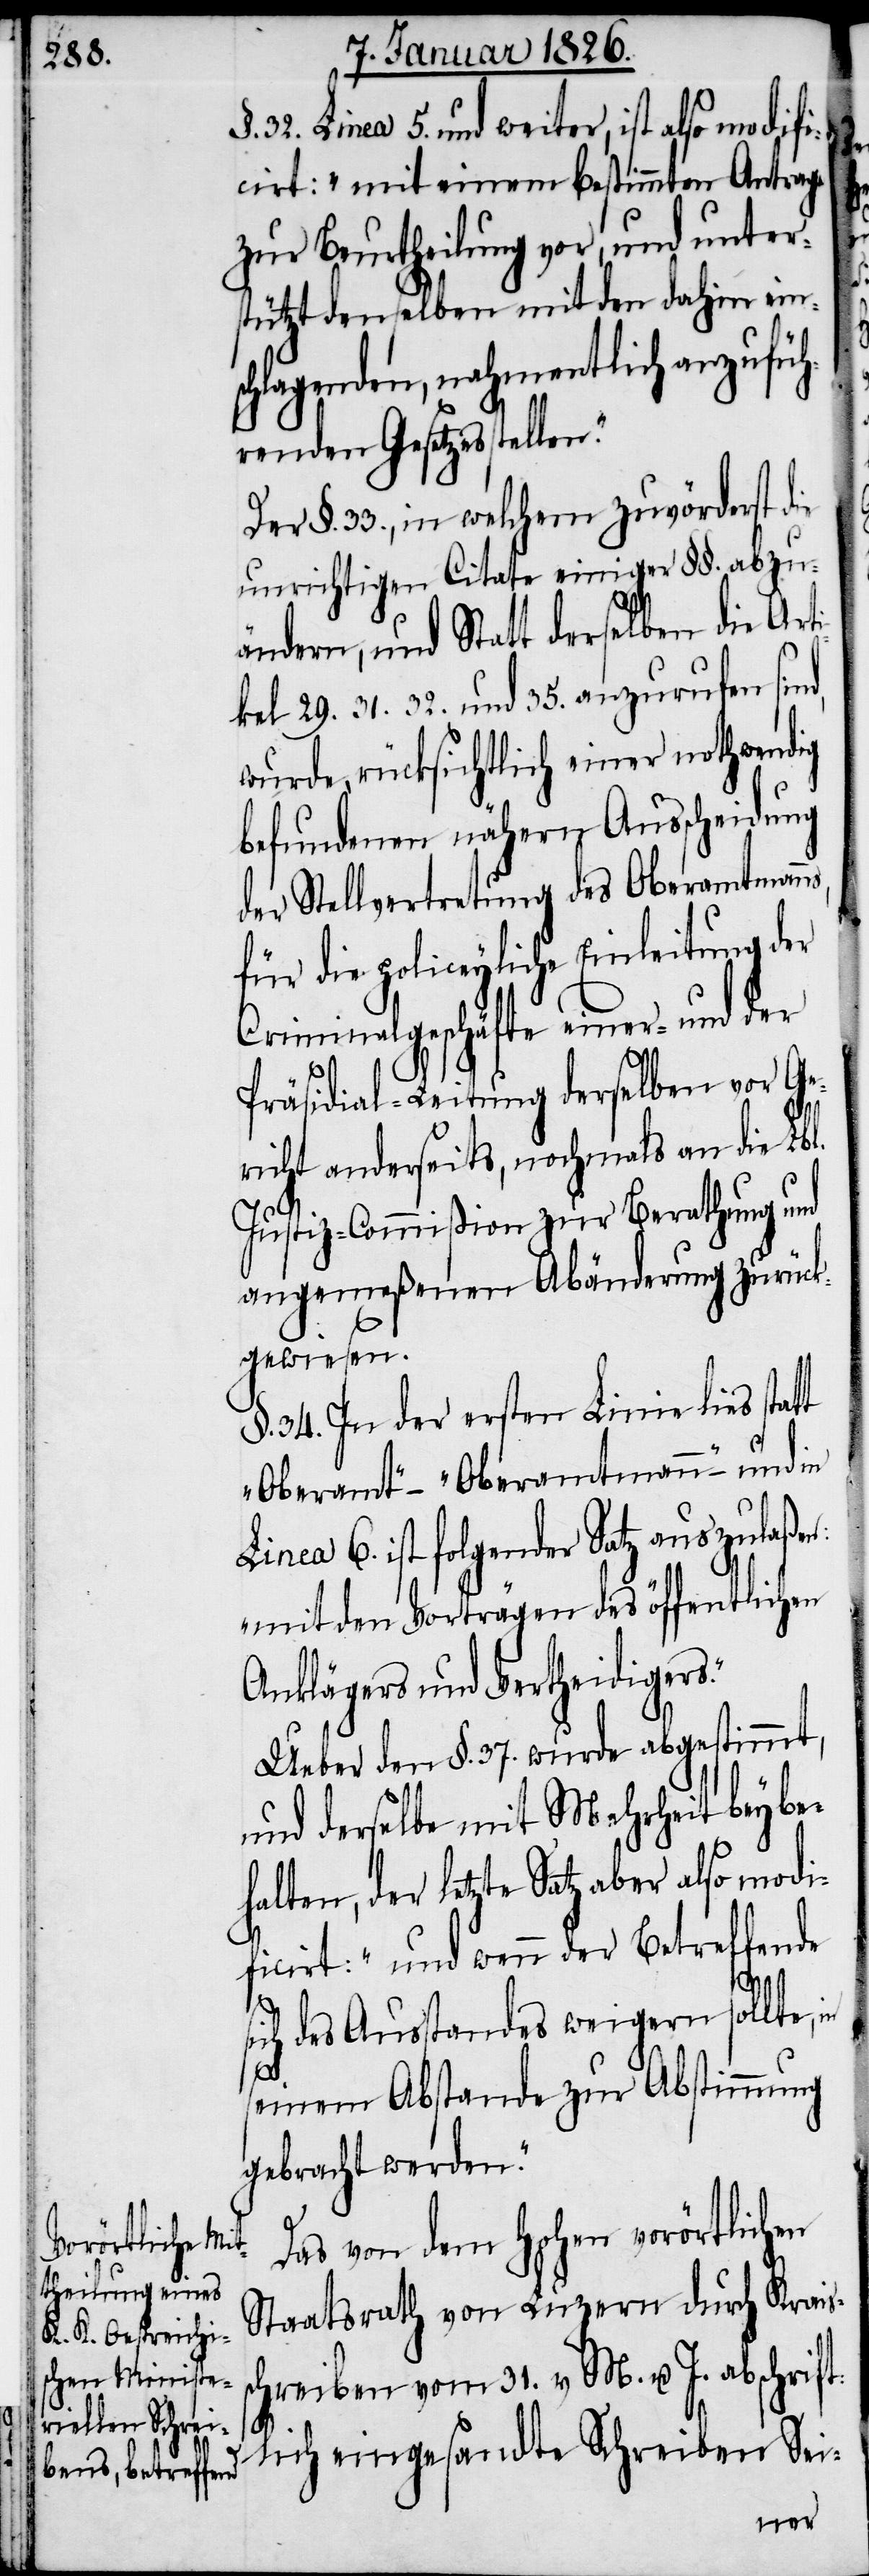
§. 32. Linea 5. und weiter, ist also modifi¬
cirt: „mit einem bestimmten Antrage
zur Beurtheilung vor, und unter¬
stützt denselben mit den dahin eins¬
chlagenden, nahmentlich anzufüh¬
renden Gesetzesstelle¬
Der §. 33., in welchem zuvörderst die
unrichtigen Citate einiger §§. abzu¬
ändern, und Statt derselben die Art¬
ikel 29. 31. 32 und 35. anzurufen sind,
wurde rücksichtlich einer nothwendig
befundenen nähern Ausscheidung
der Stellvertretung des Oberamtmann¬
für die policeyliche Einleitung der
Criminalgeschäfte einer- und der
Präsidial-Leitung derselben vor Ge¬
richt anderseits, nochmals an die Lb¬
Justiz-Commißion zur Berathung und
angemeßenen Abänderung zurück¬
gewiesen.
§. 34. In der ersten Linie lies stat¬
„Oberamt“ – „Oberamtmann“ – und in
Linea 6. ist folgender Satz auszulaßen:
„mit den Vorträgen des öffentlichen
Anklägers und Vertheidigers.“
Ueber den §. 37. wurde abgestimmt,
und derselbe mit Mehrheit beybe¬
halten, der letzte Satz aber also modi¬
ficirt: „und wenn der Betreffende
ich des Ausstandes weigern sollte,
seinem Abstande zur Abstimmung
gebracht werden.“
Das von dem Hohen vorörtlichen
Staatsrath von Luzern durch Kreis¬
schreiben vom 31. v. M. u. J. abschrift¬
s¬
lich eingesandte Schreiben Sei-